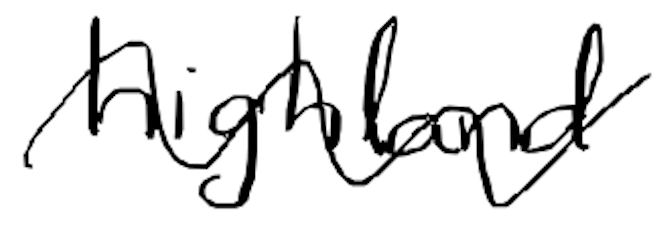
Text: highland
Cross-out: wave
Writing tool: digital_black